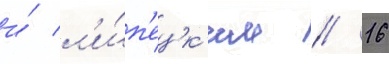
и́ л'и́п'ецк'им // 16